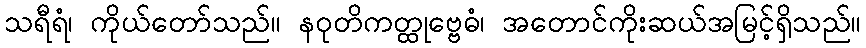
သရီရံ၊ ကိုယ်တော်သည်။ နဝုတိကတ္ထုဗ္ဗေဓံ၊ အတောင်ကိုးဆယ်အမြင့်ရှိသည်။